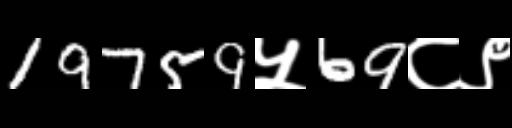
Text: 19759५69८९